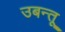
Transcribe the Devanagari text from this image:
उबन्तू